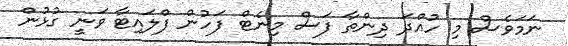
ނަމަވެސް މި ހުއްދަ ދިންތާ ފަސް މިނެޓް ފަހުން ފްލައިޓާ ވަނީ ގުޅުން